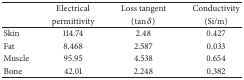
<table><thead><tr><td><b> </b></td><td><b>Electrical </b></td><td><b>Loss tangent </b></td><td><b>Conductivity </b></td></tr><tr><td><b> </b></td><td><b> permittivity </b></td><td><b>(tan⁡<i>δ</i>)</b></td><td><b>(Si/m)</b></td></tr></thead><tbody><tr><td>Skin</td><td>114.74</td><td>2.48</td><td>0.427</td></tr><tr><td>Fat</td><td>8.468</td><td>2.587</td><td>0.033</td></tr><tr><td>Muscle</td><td>95.95</td><td>4.538</td><td>0.654</td></tr><tr><td>Bone</td><td>42.01</td><td>2.248</td><td>0.382</td></tr></tbody></table>